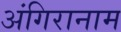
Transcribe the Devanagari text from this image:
अंगिरानाम